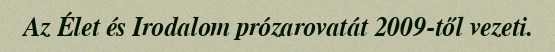
Az Élet és Irodalom prózarovatát 2009-től vezeti.